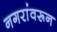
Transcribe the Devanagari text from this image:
नगरांवरून